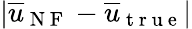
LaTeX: \lvert\overline{{u}}_{\mathrm{~N~F~}}-\overline{{u}}_{\mathrm{~t~r~u~e~}}\rvert